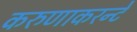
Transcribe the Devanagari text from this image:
करुणाकरन्टे